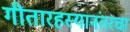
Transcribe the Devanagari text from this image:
गीतारहस्यानंतरचा